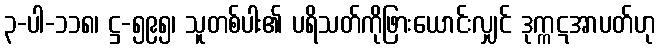
၃-ပါ-၁၁၈၊ ဋ္ဌ-၅၉၅၊ သူတစ်ပါး၏ ပရိသတ်ကိုဖြားယောင်းလျှင် ဒုက္ကဋအာပတ်ဟု